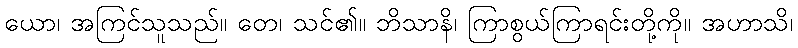
ယော၊ အကြင်သူသည်။ တေ၊ သင်၏။ ဘိသာနိ၊ ကြာစွယ်ကြာရင်းတို့ကို။ အဟာသိ၊